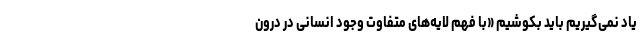
یاد نمی‌گیریم باید بکوشیم «با فهم لایه‌های متفاوت وجود انسانی در درون